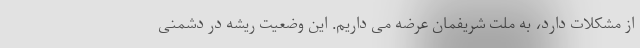
از مشکلات دارد، به ملت شریفمان عرضه می داریم. این وضعیت ریشه در دشمنی